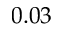
0 . 0 3